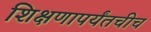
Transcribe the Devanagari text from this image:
शिक्षणापर्यंतचीच